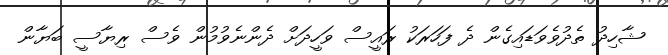
ޝާހިދު ތެދުވެވަޑައިގެން ދެ ފަހަރަކު ރައީސް ވަހީދަށް ދެންނެވުމުން ވެސް ރިޔާސީ ބަޔާން